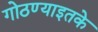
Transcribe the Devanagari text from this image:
गोठण्याइतके